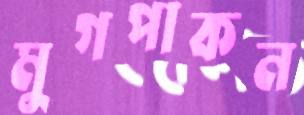
মুগপাকন